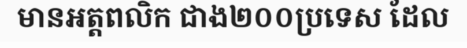
មានអត្តពលិក ជាង២០០ប្រទេស ដែល